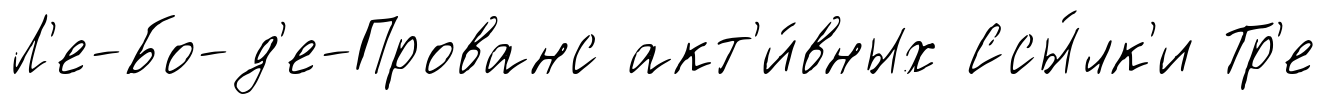
Л'е-Бо-д'е-Прованс акт'и́вных Ссы́лк'и Тр'е